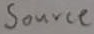
Text: Source